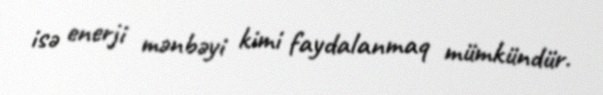
isə enerji mənbəyi kimi faydalanmaq mümkündür.